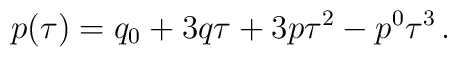
p(\tau) = q_0 + 3 q \tau  + 3 p \tau^2 - p^0 \tau^3\,.